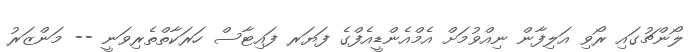
ލޯންޗުގައި ރޯވި އަލިފާން ނިއްވުމަށް އެމްއެންޑީއެފްގެ ފަޔަރ ފައިޓާސް ހަރަކާތްތެރިވަނީ -- މަންޒަރު